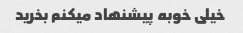
خیلی خوبه پیشنهاد میکنم بخرید